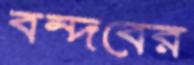
বন্দবের